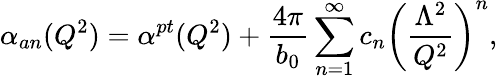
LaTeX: \alpha_{an}(Q^{2})=\alpha^{pt}(Q^{2})+\frac{4\pi}{b_{0}}\sum_{n=1}^{\infty}c_{n}\left(\frac{\Lambda^{2}}{Q^{2}}\right)^{n},